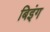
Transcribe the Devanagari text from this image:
बिइंग